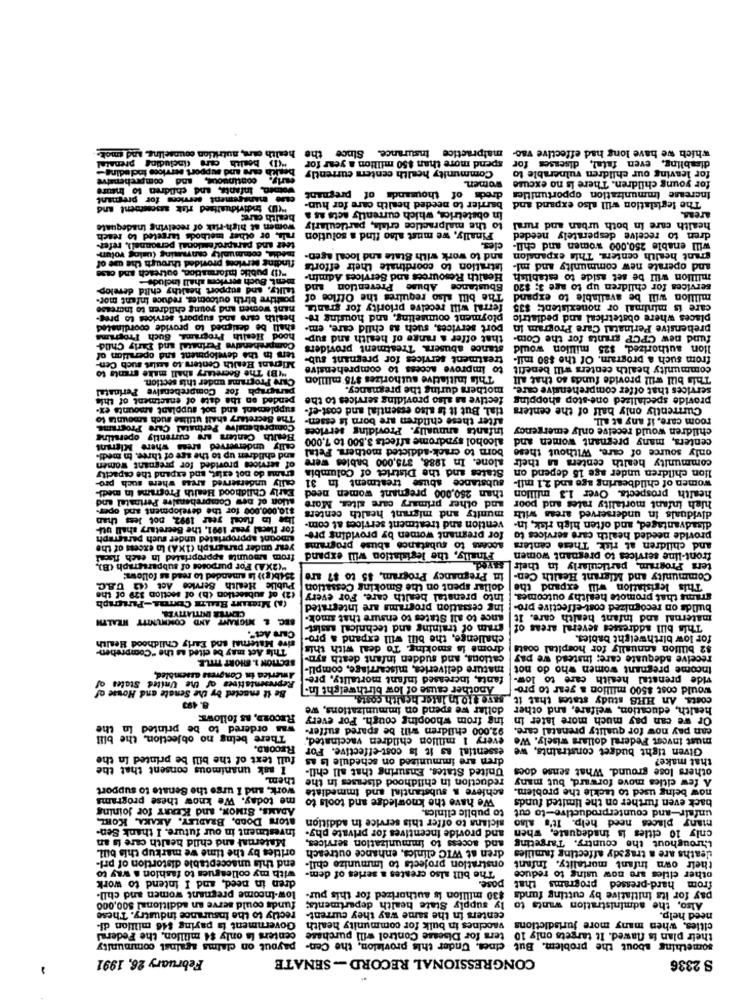
which we have long had effective vac- malpractice insurance. Since the health care, nutrition counseling. and smok.
which we have long had effective vac-
"(1) bealth care (including prenatal
spend more than $50 million a year for
disabling, even fatal, diseases for
bewith care and support services including-
Community health centers currently
for leaving our children vulnerable to
curly, continuous, and comprehensive
women.
for young children. There is no excuse
women, infants, and children to treure
case management services for primant
barrier to needed health care for hun-
dreds of thousands of pregnant
The legislation will also expand and
Increase immunization opportunities
"(UD) individualised risk sascasment and
In obstetrics, which currently acts as a
areas.
bellth cures
women at high-risk of receiving inadequate
to the malpractice criala, particularly
health care In both urban and rural
rals, or other methods targeted to reach
Finally, we must also find a solution
dren to receive desperately needed
teer and parsprofessional personnel), refer-
cles
will enable 250.000 women and chil-
medie, community canraming (uslog rotun-
finding services provided through the use of
and to work with State and local agen-
grant health centers. This expansion
"(D) public information, outreach and case
istration to coordinate their efforts
and operate new community and mi-
ment. Buch services shall include-
Health Resources and Services Admin-
million will be set aside to establish
tallty, and support healthy child develop-
and
Sbustance Abuse Prevention
services for children up to age 3; $20
positive birth outcomes, reduce infant mor-
The bill also requires the Office of
million will be available to expand
nant women and young children to increase
ferral will receive priority for grants.
care is minimal or nonexistent; $35
health care and support services to pring-
ployment counseling, and housing re-
places where obstetrical and pediatric
shall be designed to provide coordinated
port services, such as child care, em-
prebensive Perinatal Care Program in
hood Health Programs, Such Progrima
that offer a range of health and sup-
fund new CPCP grants for the Com-
Comprehensive Perinatal and Early Child-
stance abusers. Treatment providers
lion authorized, $25 million would
ters in the development and operation of
treatment services for pregnant sub-
from such a program. Of the $80 mil-
"(B) The Secretary shall make grants to
Migrant Health Centers to seslet such Cen-
to Improve access to comprehensive
community health centers will benefit
Care Programs under this section.
This initiative authorizes $75 million
This bill will provide funds so that all
paragraph for Comprehensive Perinatal
mothers during the pregnancy.
services that offer comprehensive care.
pended on the date of ensetment of this
fective aa also providing services to the
provide specialized one-stop shopping
supplement and pot supplant amounts ex-
tial, But it is also essential and cost-ef-
Currently only half of the centers
The Secretary shall utilise such amounts to
after these children are born is essen-
room care, if any at all.
Comprehensive Perinatal Cure Programs.
Infants annually. Providing services
children would receive only emergency
Health Centers are currently operating
alcohol syndrome affects 3,500 to 7,000
centers, many pregnant women and
cally tinderserved Areas where Migrant
born to crack-addicted mothers. Fetal
only source of care. Without these
and children up to the see of three, in medi-
alone. In 1988, 375,000 babies were
community health centers in their
of services provided for pregnant women
grams do not exist, and expand the capacity
States and the District of Columbia
lion children under age 15 depend on
cally underserved areas where such pro-
substance abuse treatment in 31
women of childbearing age and 2,1 mil-
Early Childhood Health Programs In medi-
than 260,000 pregnant women need
health prospects. Over 1.3 million
ation of new Comprehenaire Perinatal and
and other primary care sites. More
high infant mortality rates and poor
$10,000.000 for the development and oper-
munity and migrant health centers
dividuals in underserved areas with
lle in fiscal year 1992, not less than
vention and treatment services at com-
disadvantaged, and often high risk, in-
for thecal year 1991. the Secretary shall uu-
for pregnant women by providing pre-
provide needed health care services to
amount appropriated under such paragraph
year under paragraph (1XA) In excess of the
socens to substance abuse programs
and children at risk. These centers
from amounts appropriated In each flest
Finally, the legislation will expand
front-line services to pregnant women
ters Program, particularly in their | Saye
(2)/A) For purposes of subparagraph (B),
254b(g)) is amended to read as follows:
in Pregnancy Program, $5 to $7 are
Community and Migrant Health Cen-
(2) of subsection (h) of section 329 of the
dollar spent on the Smoking Cessation Public Health Service Act ( U.A.C.
This legislation will expand the
Into prenatal health care. For every
grams that promote healthy outcomes.
CENTER INITIATIVER.
(A) MIGRANT BRALTE Comas-Paragraph
ing cessation programs are integrated
bullde on recognized cost-effective pro-
BEC. L MIGRANT AND COMMUNITY HEALTH
ance to all States to ensure that smok.
maternal and infant health care. It
Care Act".
cram of training and technical assist-
This bill addresses several areas of
sive Maternal and Early Childhood Health
challenge, the bill will expand & pro-
for low birthweight babies.
This Act may be cited as the "Comprehen-
drome is smoking. To deal with this
$2 billion annually for hospital coste
SECTION 1. SHORT TITLE.
cations, and sudden infant death syn-
receive adequate care; instead we pay
mature deliveries, miscarriage, compli-
Income pregnant women who do not
Representatives of the United States
America in Congress assembled,
fanta, increased infant mortality, pre-
vide prenatal health care to low.
Be it enacted by the Senate and House of
Another cause of low birthweight In-
would cost $500 million a year to pro-
costa, An HHS study states that it save $10 in later health costs,
8. 499
dollar we spend on immunizations, we
health, education, welfare, and other
RECORD, AS follows:
ing from whooping cough. Por every
Or we can pay much more later in
There being no objection, the b
was ordered to be printed In
92.000 children will be spared suffer-
can pay now for quality prenatal care.
every 1 million children vaccinated,
must invest Federal dollars wisely. We
RECORD.
essential as it is cost-effective. For
Given tight budget constraints, we
full text of the bill be printed In the
dren are immunized on schedule Is as
that make?
I ask unanimous consent that the
United States. Ensuring that all chil-
others lose ground. What sense does
them.
reduction in childhood diseases in the
A few cities move forward, but many
work, and I urge the Senate to support
achieve & substantial and immediate
now being used to tackle the problem.
me today. We know these programs
We have the knowledge and tools to
back even further on the limited funds
ADAMS, SIMON, and KERRY for Joining
to public clinics.
unfair-and counterproductive-to cut
ators DODD, BRADLEY, AKAKA, KOML
siclans to offer this service in addition
many places need help. It's also
Investment in our future. I thank Sen-
and provide incentives for private phy-
only 10 cities is inadequate, when
Maternal and child health care is an
and access to immunization services,
throughout the country. Targeting
orities by the time we markup this bill.
dren at WIC clinics, enhance outreach
deaths are a tragedy affecting familles
end this unacceptable distortion of pri-
onstration projects to Immunize chil-
their own infant mortality. Infant
with my colleagues to fashion a way to
The bill also creates a series of dem-
other cities are now using to reduce
dren in need, and I intend to work
pose.
that
from hard-pressed programs
low-income pregnant women and chil-
pay for Its initiative by cutting funds $30 million is authorized for this pur-
funds could serve an additional $00,000
ly supply State health departments;
Also, the administration wants to
rectly to the insurance industry. These
centers in the same way they current-
need help.
Government la paying $46 million di-
vaccines in bulk for community health
cities, when many more jurisdictions
centers is only $4 million, the Federal
their plan is flawed. It targets only 10 ters for Disease Control will purchase
something about the problem. But cines. Under this provision, the Cen- payout on claims against community
February 26, 1991
CONGRESSIONAL RECORD - SENATE
S 2336